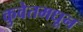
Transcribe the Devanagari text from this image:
कुवेतमधून